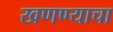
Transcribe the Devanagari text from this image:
खणण्याचा